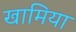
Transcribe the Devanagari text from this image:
खामिया